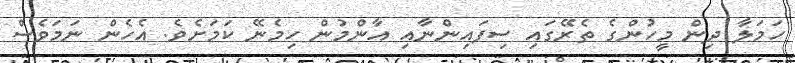
ހަމަލާ ދިން މީހުންގެ ތެރޭގައި ސިފައިންނާއި އާންމުން ހިމެނޭ ކަމަށެެވެ. އެެހެން ނަމަވެސް